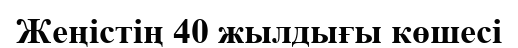
Жеңістің 40 жылдығы көшесі